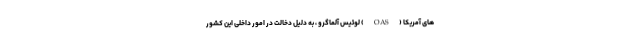
های آمریکا (OAS) لوئیس آلماگرو ، به دلیل دخالت در امور داخلی این کشور